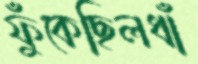
ফুঁকেছিলধাঁ